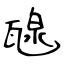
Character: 𤭯